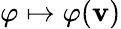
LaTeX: \varphi\mapsto\varphi(\mathbf{v})